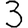
Digit: 3